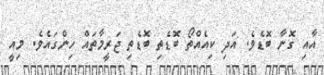
އާއި ގޮނާ ބޮޑެވެ. އަދި ކިއެއްތޯ ބޮޑެތި ބޮޑެތި ޖަރީމާތައް ހިންގައެވެ. މިއީ